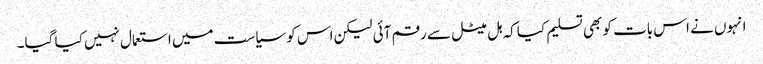
انہوں نے اس بات کو بھی تسلیم کیا کہ ہل میٹل سے رقم آئی لیکن اس کو سیاست میں استعمال نہیں کیا گیا۔